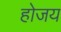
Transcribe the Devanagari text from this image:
होजय